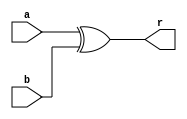
module eight_bit_XOR(
        
        input  [7:0] a,
        input  [7:0] b,
        output [7:0] r
    );
    
    assign r = a ^ b;
endmodule